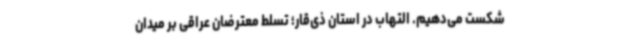
شکست می‌دهیم. التهاب در استان ذی‌قار؛ تسلط معترضان عراقی بر میدان